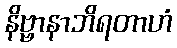
နိဗ္ဗာနာဘိရတာဟံ